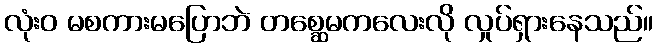
လုံးဝ မစကားမပြောဘဲ တစ္ဆေမကလေးလို လှုပ်ရှားနေသည်။